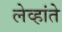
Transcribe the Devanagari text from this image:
लेव्हांते